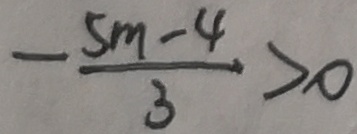
- \frac { 5 m - 4 } { 3 } > 0